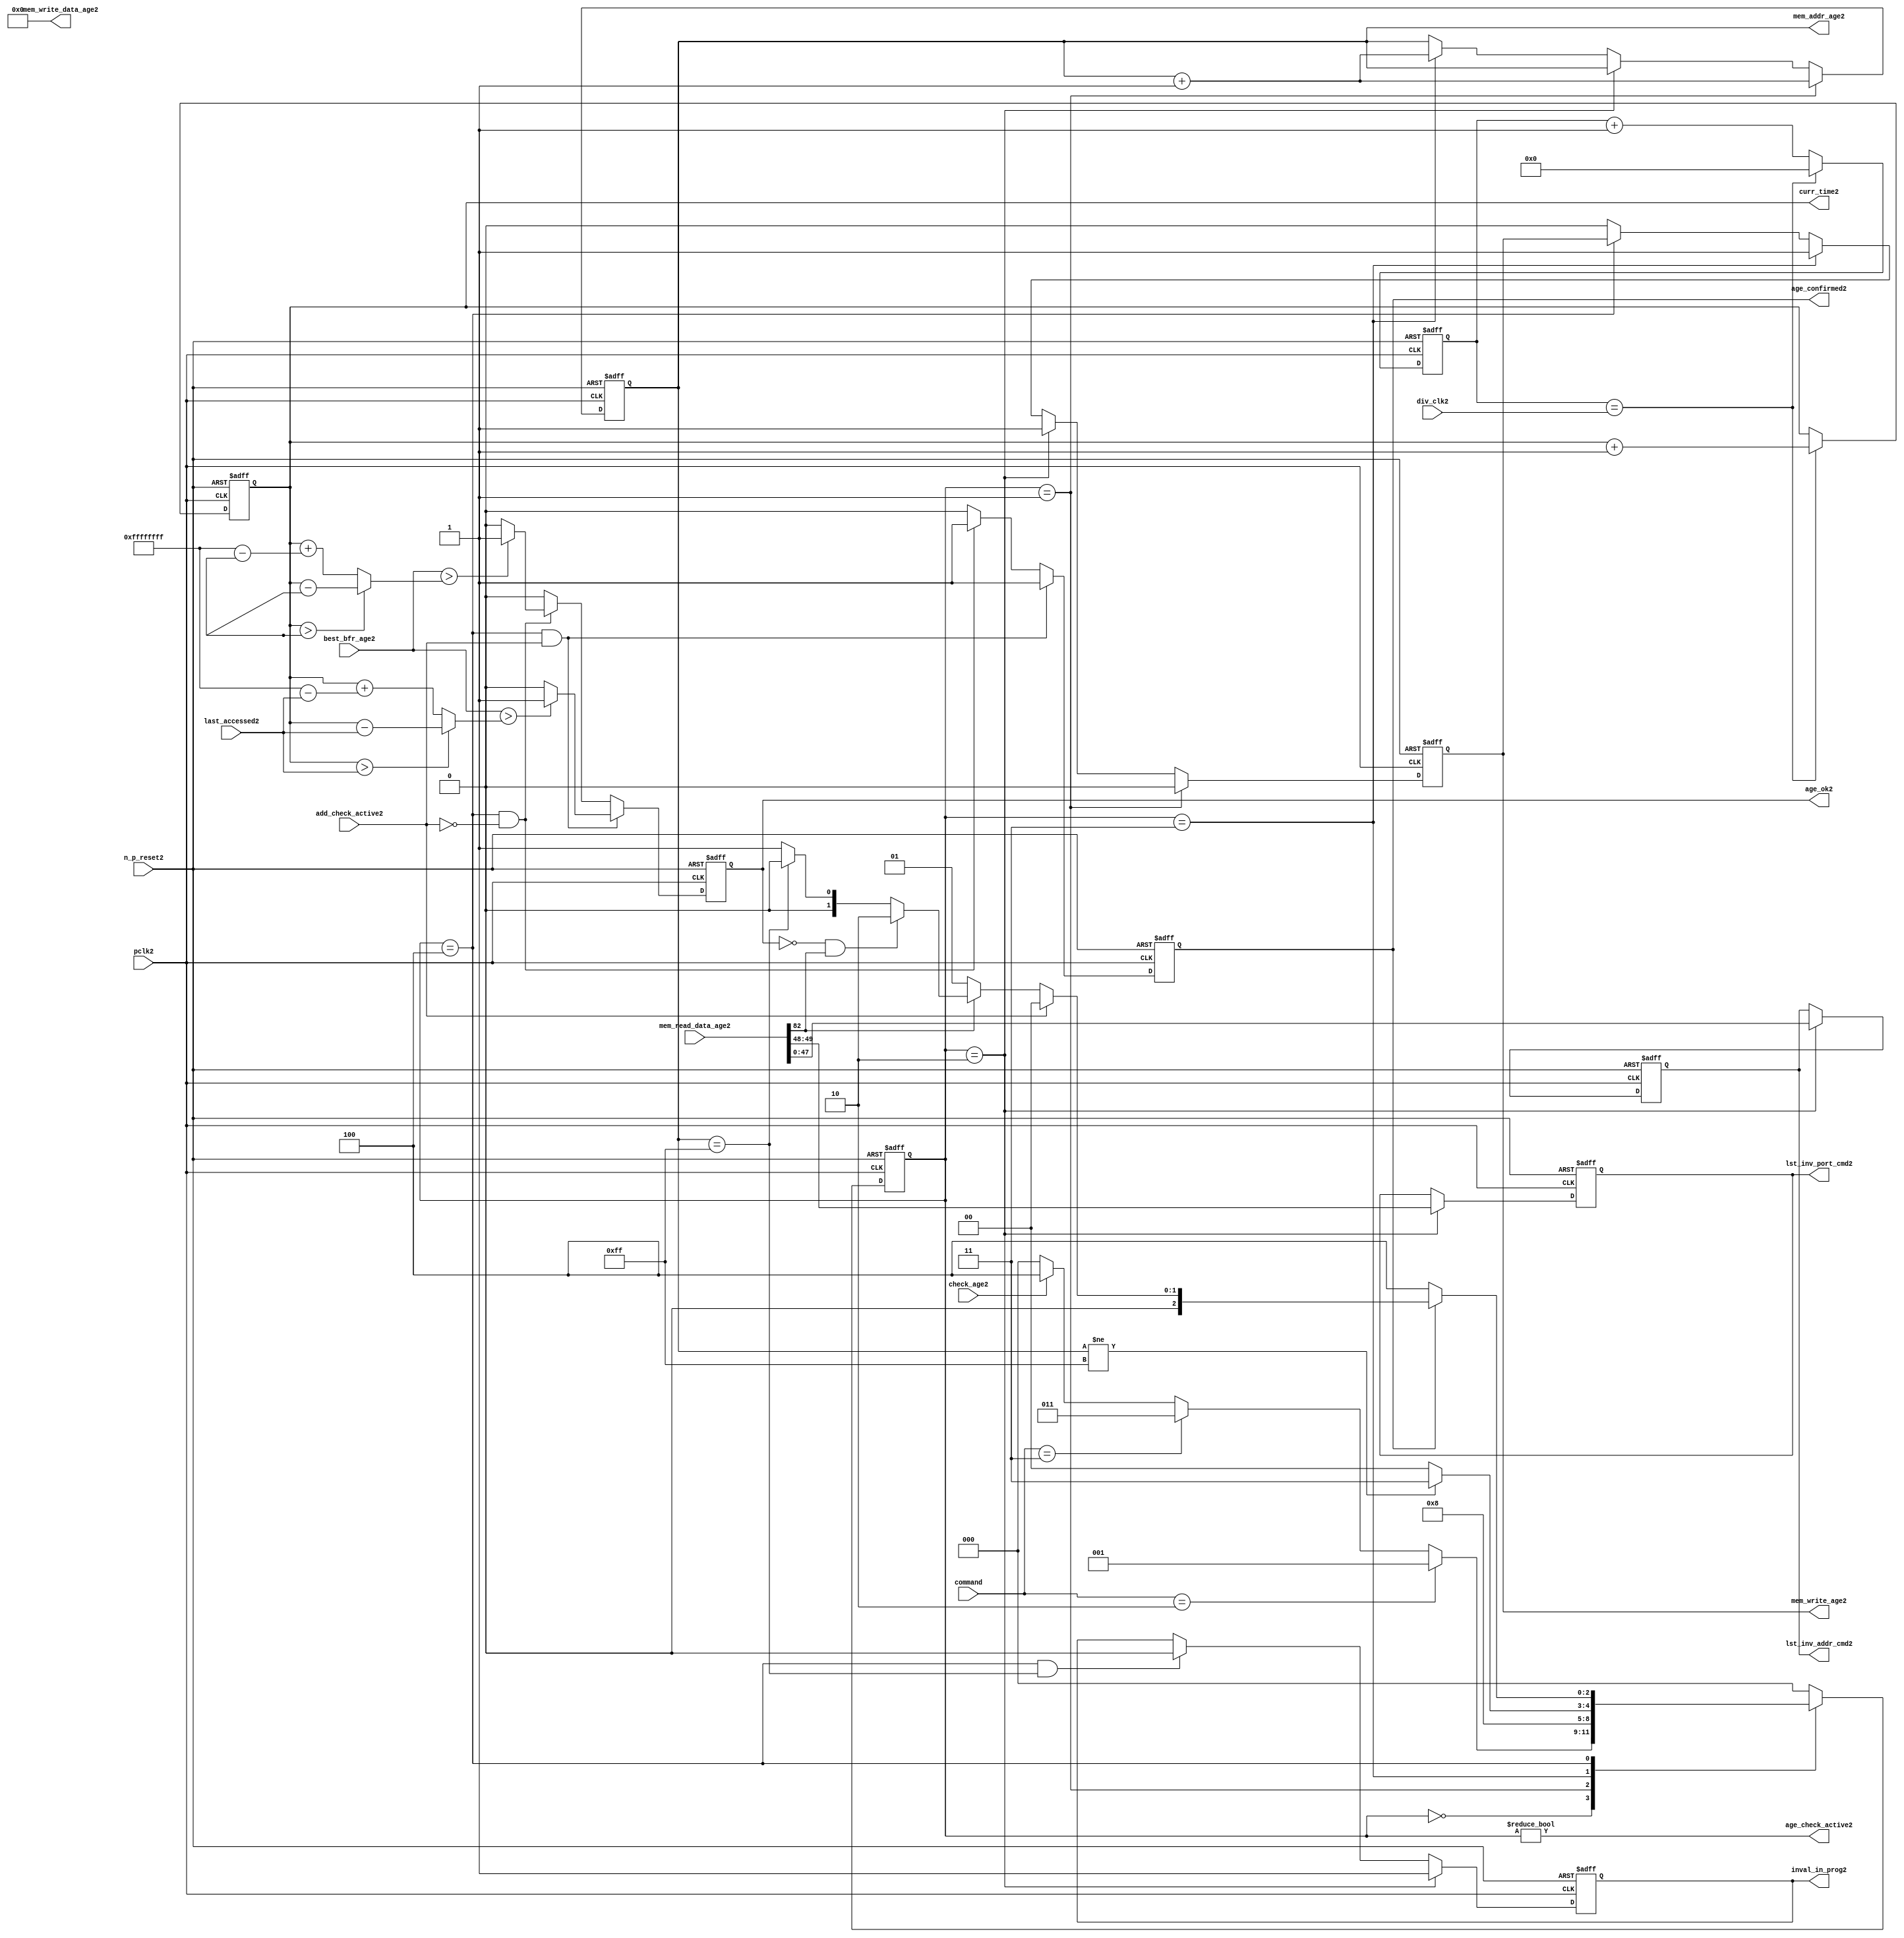
//File2 name   : alut_age_checker2.v
//Title2       : 
//Created2     : 1999
//Description2 : 
//Notes2       : 
//----------------------------------------------------------------------
//   Copyright2 1999-2010 Cadence2 Design2 Systems2, Inc2.
//   All Rights2 Reserved2 Worldwide2
//
//   Licensed2 under the Apache2 License2, Version2 2.0 (the
//   "License2"); you may not use this file except2 in
//   compliance2 with the License2.  You may obtain2 a copy of
//   the License2 at
//
//       http2://www2.apache2.org2/licenses2/LICENSE2-2.0
//
//   Unless2 required2 by applicable2 law2 or agreed2 to in
//   writing, software2 distributed2 under the License2 is
//   distributed2 on an "AS2 IS2" BASIS2, WITHOUT2 WARRANTIES2 OR2
//   CONDITIONS2 OF2 ANY2 KIND2, either2 express2 or implied2.  See
//   the License2 for the specific2 language2 governing2
//   permissions2 and limitations2 under the License2.
//----------------------------------------------------------------------

module alut_age_checker2
(   
   // Inputs2
   pclk2,
   n_p_reset2,
   command,          
   div_clk2,          
   mem_read_data_age2,
   check_age2,        
   last_accessed2, 
   best_bfr_age2,   
   add_check_active2,

   // outputs2
   curr_time2,         
   mem_addr_age2,      
   mem_write_age2,     
   mem_write_data_age2,
   lst_inv_addr_cmd2,    
   lst_inv_port_cmd2,  
   age_confirmed2,     
   age_ok2,
   inval_in_prog2,  
   age_check_active2          
);   

   input               pclk2;               // APB2 clock2                           
   input               n_p_reset2;          // Reset2                               
   input [1:0]         command;            // command bus                        
   input [7:0]         div_clk2;            // clock2 divider2 value
   input [82:0]        mem_read_data_age2;  // read data from memory             
   input               check_age2;          // request flag2 for age2 check
   input [31:0]        last_accessed2;      // time field sent2 for age2 check
   input [31:0]        best_bfr_age2;       // best2 before age2
   input               add_check_active2;   // active flag2 from address checker

   output [31:0]       curr_time2;          // current time,for storing2 in mem    
   output [7:0]        mem_addr_age2;       // address for R/W2 to memory     
   output              mem_write_age2;      // R/W2 flag2 (write = high2)            
   output [82:0]       mem_write_data_age2; // write data for memory             
   output [47:0]       lst_inv_addr_cmd2;   // last invalidated2 addr normal2 op    
   output [1:0]        lst_inv_port_cmd2;   // last invalidated2 port normal2 op    
   output              age_confirmed2;      // validates2 age_ok2 result 
   output              age_ok2;             // age2 checker result - set means2 in-date2
   output              inval_in_prog2;      // invalidation2 in progress2
   output              age_check_active2;   // bit 0 of status register           

   reg  [2:0]          age_chk_state2;      // age2 checker FSM2 current state
   reg  [2:0]          nxt_age_chk_state2;  // age2 checker FSM2 next state
   reg  [7:0]          mem_addr_age2;     
   reg                 mem_write_age2;    
   reg                 inval_in_prog2;      // invalidation2 in progress2
   reg  [7:0]          clk_div_cnt2;        // clock2 divider2 counter
   reg  [31:0]         curr_time2;          // current time,for storing2 in mem  
   reg                 age_confirmed2;      // validates2 age_ok2 result 
   reg                 age_ok2;             // age2 checker result - set means2 in-date2
   reg [47:0]          lst_inv_addr_cmd2;   // last invalidated2 addr normal2 op    
   reg [1:0]           lst_inv_port_cmd2;   // last invalidated2 port normal2 op    

   wire  [82:0]        mem_write_data_age2;
   wire  [31:0]        last_accessed_age2;  // read back time by age2 checker
   wire  [31:0]        time_since_lst_acc_age2;  // time since2 last accessed age2
   wire  [31:0]        time_since_lst_acc2; // time since2 last accessed address
   wire                age_check_active2;   // bit 0 of status register           

// Parameters2 for Address Checking2 FSM2 states2
   parameter idle2           = 3'b000;
   parameter inval_aged_rd2  = 3'b001;
   parameter inval_aged_wr2  = 3'b010;
   parameter inval_all2      = 3'b011;
   parameter age_chk2        = 3'b100;

   parameter max_addr       = 8'hff;
   parameter max_cnt2        = 32'hffff_ffff;

// -----------------------------------------------------------------------------
//   Generate2 current time counter
// -----------------------------------------------------------------------------
always @ (posedge pclk2 or negedge n_p_reset2)
   begin
   if (~n_p_reset2)
      clk_div_cnt2 <= 8'd0;
   else if (clk_div_cnt2 == div_clk2)
      clk_div_cnt2 <= 8'd0; 
   else 
      clk_div_cnt2 <= clk_div_cnt2 + 1'd1;
   end


always @ (posedge pclk2 or negedge n_p_reset2)
   begin
   if (~n_p_reset2)
      curr_time2 <= 32'd0;
   else if (clk_div_cnt2 == div_clk2)
      curr_time2 <= curr_time2 + 1'd1;
   end


// -----------------------------------------------------------------------------
//   Age2 checker State2 Machine2 
// -----------------------------------------------------------------------------
always @ (command or check_age2 or age_chk_state2 or age_confirmed2 or age_ok2 or
          mem_addr_age2 or mem_read_data_age2[82])
   begin
      case (age_chk_state2)
      
      idle2:
         if (command == 2'b10)
            nxt_age_chk_state2 = inval_aged_rd2;
         else if (command == 2'b11)
            nxt_age_chk_state2 = inval_all2;
         else if (check_age2)
            nxt_age_chk_state2 = age_chk2;
         else
            nxt_age_chk_state2 = idle2;

      inval_aged_rd2:
            nxt_age_chk_state2 = age_chk2;

      inval_aged_wr2:
            nxt_age_chk_state2 = idle2;

      inval_all2:
         if (mem_addr_age2 != max_addr)
            nxt_age_chk_state2 = inval_all2;  // move2 onto2 next address
         else
            nxt_age_chk_state2 = idle2;

      age_chk2:
         if (age_confirmed2)
            begin
            if (add_check_active2)                     // age2 check for addr chkr2
               nxt_age_chk_state2 = idle2;
            else if (~mem_read_data_age2[82])      // invalid, check next location2
               nxt_age_chk_state2 = inval_aged_rd2; 
            else if (~age_ok2 & mem_read_data_age2[82]) // out of date2, clear 
               nxt_age_chk_state2 = inval_aged_wr2;
            else if (mem_addr_age2 == max_addr)    // full check completed
               nxt_age_chk_state2 = idle2;     
            else 
               nxt_age_chk_state2 = inval_aged_rd2; // age2 ok, check next location2 
            end       
         else
            nxt_age_chk_state2 = age_chk2;

      default:
            nxt_age_chk_state2 = idle2;
      endcase
   end



always @ (posedge pclk2 or negedge n_p_reset2)
   begin
   if (~n_p_reset2)
      age_chk_state2 <= idle2;
   else
      age_chk_state2 <= nxt_age_chk_state2;
   end


// -----------------------------------------------------------------------------
//   Generate2 memory RW bus for accessing array when requested2 to invalidate2 all
//   aged2 addresses2 and all addresses2.
// -----------------------------------------------------------------------------
always @ (posedge pclk2 or negedge n_p_reset2)
   begin
   if (~n_p_reset2)
   begin
      mem_addr_age2 <= 8'd0;     
      mem_write_age2 <= 1'd0;    
   end
   else if (age_chk_state2 == inval_aged_rd2)  // invalidate2 aged2 read
   begin
      mem_addr_age2 <= mem_addr_age2 + 1'd1;     
      mem_write_age2 <= 1'd0;    
   end
   else if (age_chk_state2 == inval_aged_wr2)  // invalidate2 aged2 read
   begin
      mem_addr_age2 <= mem_addr_age2;     
      mem_write_age2 <= 1'd1;    
   end
   else if (age_chk_state2 == inval_all2)  // invalidate2 all
   begin
      mem_addr_age2 <= mem_addr_age2 + 1'd1;     
      mem_write_age2 <= 1'd1;    
   end
   else if (age_chk_state2 == age_chk2)
   begin
      mem_addr_age2 <= mem_addr_age2;     
      mem_write_age2 <= mem_write_age2;    
   end
   else 
   begin
      mem_addr_age2 <= mem_addr_age2;     
      mem_write_age2 <= 1'd0;    
   end
   end

// age2 checker will only ever2 write zero values to ALUT2 mem
assign mem_write_data_age2 = 83'd0;



// -----------------------------------------------------------------------------
//   Generate2 invalidate2 in progress2 flag2 (bit 1 of status register)
// -----------------------------------------------------------------------------
always @ (posedge pclk2 or negedge n_p_reset2)
   begin
   if (~n_p_reset2)
      inval_in_prog2 <= 1'd0;
   else if (age_chk_state2 == inval_aged_wr2) 
      inval_in_prog2 <= 1'd1;
   else if ((age_chk_state2 == age_chk2) & (mem_addr_age2 == max_addr))
      inval_in_prog2 <= 1'd0;
   else
      inval_in_prog2 <= inval_in_prog2;
   end


// -----------------------------------------------------------------------------
//   Calculate2 whether2 data is still in date2.  Need2 to work2 out the real time
//   gap2 between current time and last accessed.  If2 this gap2 is greater than
//   the best2 before age2, then2 the data is out of date2. 
// -----------------------------------------------------------------------------
assign time_since_lst_acc2 = (curr_time2 > last_accessed2) ? 
                            (curr_time2 - last_accessed2) :  // no cnt wrapping2
                            (curr_time2 + (max_cnt2 - last_accessed2));

assign time_since_lst_acc_age2 = (curr_time2 > last_accessed_age2) ? 
                                (curr_time2 - last_accessed_age2) : // no wrapping2
                                (curr_time2 + (max_cnt2 - last_accessed_age2));


always @ (posedge pclk2 or negedge n_p_reset2)
   begin
   if (~n_p_reset2)
      begin
      age_ok2 <= 1'b0;
      age_confirmed2 <= 1'b0;
      end
   else if ((age_chk_state2 == age_chk2) & add_check_active2) 
      begin                                       // age2 checking for addr chkr2
      if (best_bfr_age2 > time_since_lst_acc2)      // still in date2
         begin
         age_ok2 <= 1'b1;
         age_confirmed2 <= 1'b1;
         end
      else   // out of date2
         begin
         age_ok2 <= 1'b0;
         age_confirmed2 <= 1'b1;
         end
      end
   else if ((age_chk_state2 == age_chk2) & ~add_check_active2)
      begin                                      // age2 checking for inval2 aged2
      if (best_bfr_age2 > time_since_lst_acc_age2) // still in date2
         begin
         age_ok2 <= 1'b1;
         age_confirmed2 <= 1'b1;
         end
      else   // out of date2
         begin
         age_ok2 <= 1'b0;
         age_confirmed2 <= 1'b1;
         end
      end
   else
      begin
      age_ok2 <= 1'b0;
      age_confirmed2 <= 1'b0;
      end
   end



// -----------------------------------------------------------------------------
//   Generate2 last address and port that was cleared2 in the invalid aged2 process
// -----------------------------------------------------------------------------
always @ (posedge pclk2 or negedge n_p_reset2)
   begin
   if (~n_p_reset2)
      begin
      lst_inv_addr_cmd2 <= 48'd0;
      lst_inv_port_cmd2 <= 2'd0;
      end
   else if (age_chk_state2 == inval_aged_wr2)
      begin
      lst_inv_addr_cmd2 <= mem_read_data_age2[47:0];
      lst_inv_port_cmd2 <= mem_read_data_age2[49:48];
      end
   else 
      begin
      lst_inv_addr_cmd2 <= lst_inv_addr_cmd2;
      lst_inv_port_cmd2 <= lst_inv_port_cmd2;
      end
   end


// -----------------------------------------------------------------------------
//   Set active bit of status, decoded2 off2 age_chk_state2
// -----------------------------------------------------------------------------
assign age_check_active2 = (age_chk_state2 != 3'b000);

endmodule